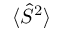
\langle \hat { S } ^ { 2 } \rangle